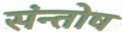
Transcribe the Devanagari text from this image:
संन्‍तोष